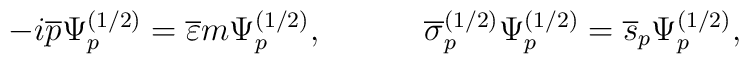
-i\overline{p}\Psi _p^{(1/2)}=\overline{\varepsilon }m\Psi_p^{(1/2)} ,\hspace{0.5in}\overline{\sigma }_p^{(1/2)}\Psi_p^{(1/2)}=\overline{s}_p\Psi _p^{(1/2)} ,